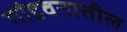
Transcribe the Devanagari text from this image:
गोंडवनातील